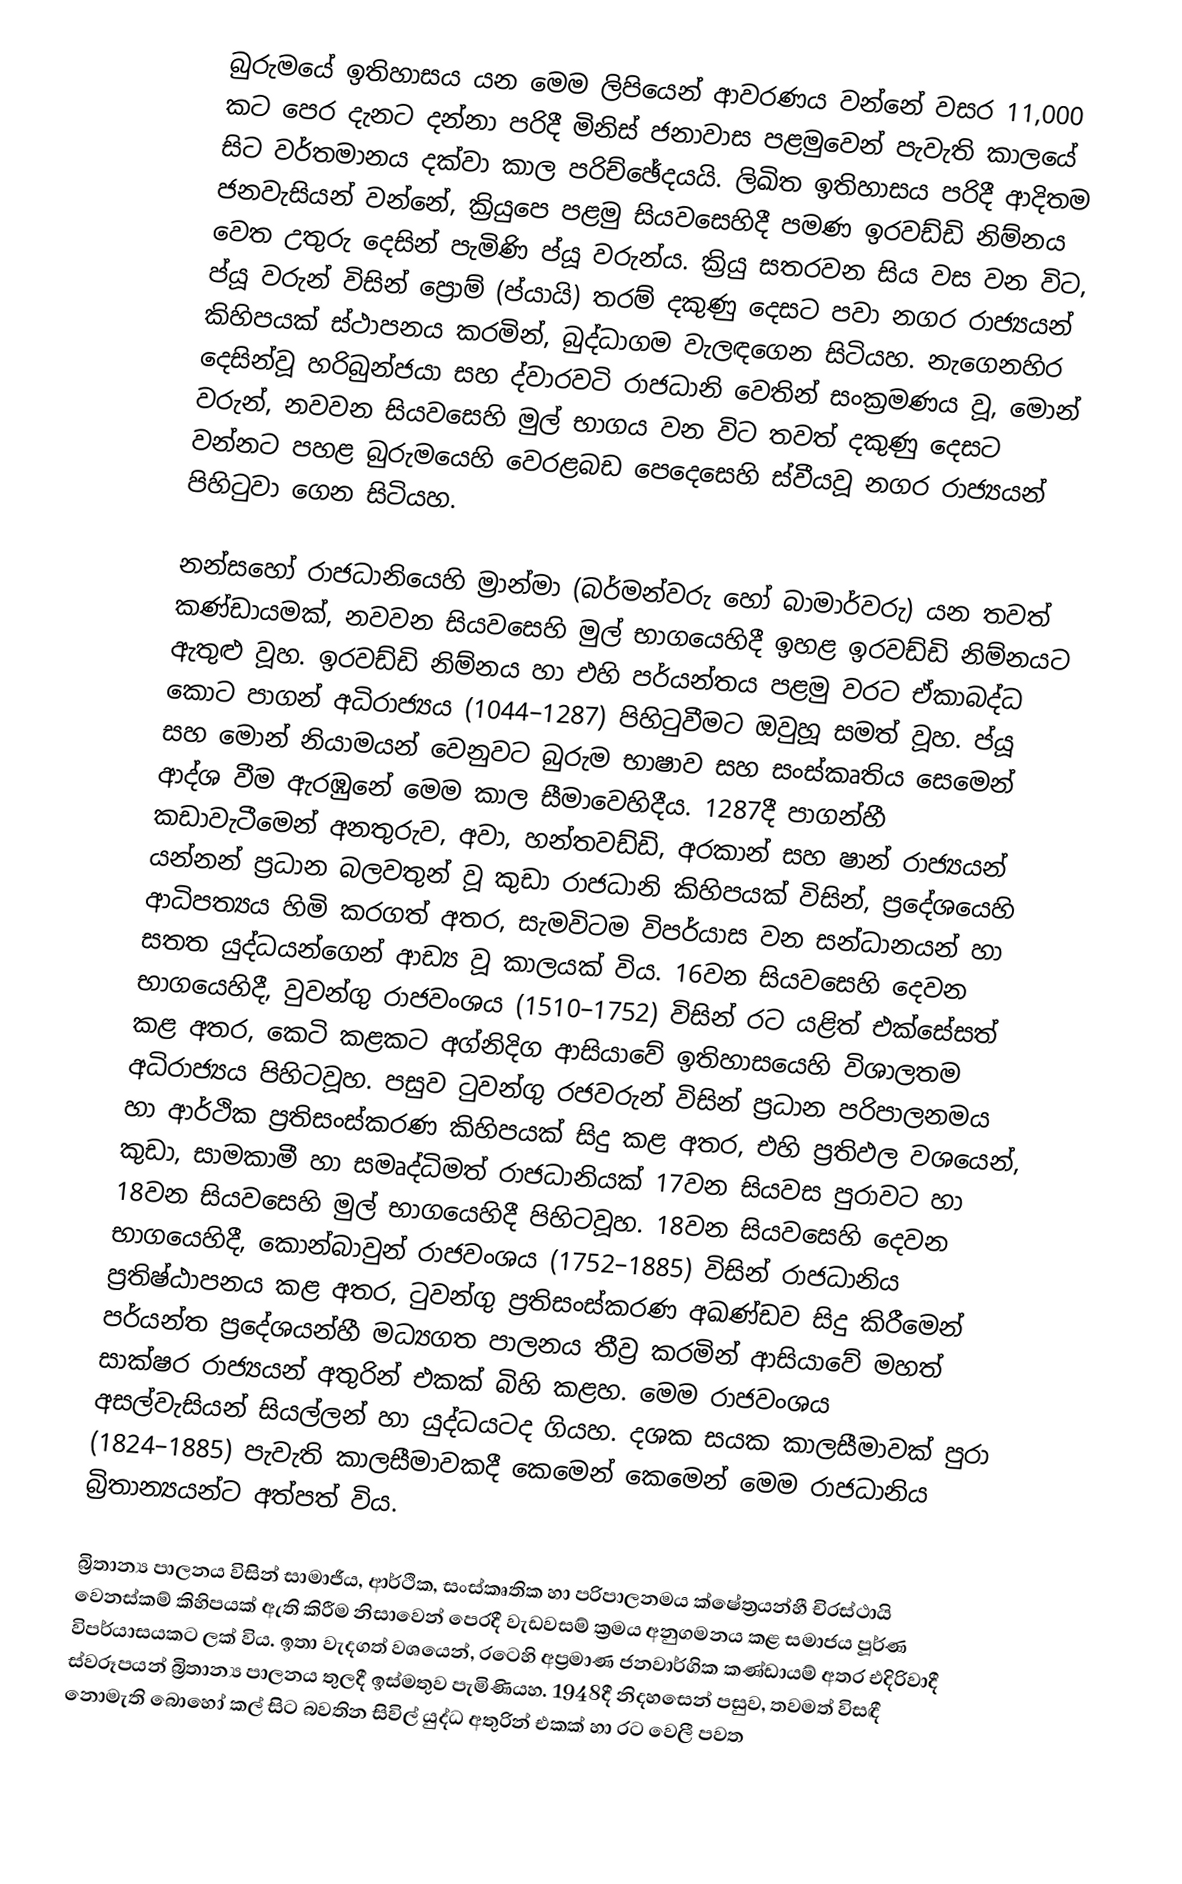
බුරුමයේ ඉතිහාසය යන මෙම ලිපියෙන් ආවරණය වන්නේ වසර 11,000 කට පෙර දැනට දන්නා පරිදී මිනිස් ජනාවාස පළමුවෙන් පැවැති කාලයේ සිට වර්තමානය දක්වා කාල පරිච්ඡේදයයි. ලිඛිත ඉතිහාසය පරිදී ආදිතම ජනවැසියන් වන්නේ, ක්‍රියුපෙ පළමු සියවසෙහිදී පමණ ඉරවඩ්ඩි නිම්නය වෙත උතුරු දෙසින් පැමිණි ප්යූ වරුන්ය. ක්‍රියු සතරවන සිය වස වන විට, ප්යූ වරුන් විසින් ප්‍රොම් (ප්යායි) තරම් දකුණු දෙසට පවා නගර රාජ්‍යයන් කිහිපයක් ස්ථාපනය කරමින්, බුද්ධාගම වැලඳගෙන සිටියහ. නැගෙනහිර දෙසින්වූ හරිබුන්ජයා සහ ද්වාරවටි රාජධානි වෙතින් සංක්‍රමණය වූ, මොන් වරුන්, නවවන සියවසෙහි මුල් භාගය වන විට තවත් දකුණු දෙසට වන්නට පහළ බුරුමයෙහි වෙරළබඩ පෙදෙසෙහි ස්වීයවූ නගර රාජ්‍යයන් පිහිටුවා ගෙන සිටියහ.

නන්සහෝ රාජධානියෙහි ම්‍රාන්මා (බර්මන්වරු හෝ බාමාර්වරු) යන තවත් කණ්ඩායමක්, නවවන සියවසෙහි මුල් භාගයෙහිදී ඉහළ ඉරවඩ්ඩි නිම්නයට ඇතුළු වූහ. ඉරවඩ්ඩි නිම්නය හා එහි පර්යන්තය පළමු වරට ඒකාබද්ධ කොට පාගන් අධිරාජ්‍යය (1044–1287) පිහිටුවීමට ඔවුහූ සමත් වූහ. ප්යූ සහ මොන් නියාමයන් වෙනුවට බුරුම භාෂාව සහ සංස්කෘතිය සෙමෙන් ආද්ශ වීම ඇරඹුනේ මෙම කාල සීමාවෙහිදීය. 1287දී පාගන්හී කඩාවැටීමෙන් අනතුරුව, අවා, හන්තවඩ්ඩි, අරකාන් සහ ෂාන් රාජ්‍යයන් යන්නන් ප්‍රධාන බලවතුන් වූ කුඩා රාජධානි කිහිපයක් විසින්, ප්‍රදේශයෙහි ආධිපත්‍යය හිමි කරගත් අතර, සැමවිටම විපර්යාස වන සන්ධානයන් හා සතත යුද්ධයන්ගෙන් ආඩ්‍ය වූ කාලයක් විය. 16වන සියවසෙහි දෙවන භාගයෙහිදී, වුවන්ගු රාජවංශය (1510–1752) විසින් රට යළිත් එක්සේසත් කළ අතර, කෙටි කළකට අග්නිදිග ආසියාවේ ඉතිහාසයෙහි විශාලතම අධිරාජ්‍යය පිහිටවූහ. පසුව ටුවන්ගු රජවරුන් විසින් ප්‍රධාන පරිපාලනමය හා ආර්ථික ප්‍රතිසංස්කරණ කිහිපයක් සිදු කළ අතර, එහි ප්‍රතිඵල වශයෙන්, කුඩා, සාමකාමී හා සමෘද්ධිමත් රාජධානියක් 17වන සියවස පුරාවට හා 18වන සියවසෙහි මුල් භාගයෙහිදී පිහිටවූහ. 18වන සියවසෙහි දෙවන භාගයෙහිදී, කොන්බාවුන් රාජවංශය (1752–1885) විසින් රාජධානිය ප්‍රතිෂ්ඨාපනය කළ අතර, ටුවන්ගු ප්‍රතිසංස්කරණ අඛණ්ඩව සිදු කිරීමෙන් පර්යන්ත ප්‍රදේශයන්හී මධ්‍යගත පාලනය තීව්‍ර කරමින් ආසියාවේ මහත් සාක්ෂර රාජ්‍යයන් අතුරින් එකක් බිහි කළහ. මෙම රාජවංශය අසල්වැසියන් සියල්ලන් හා යුද්ධයටද ගියහ. දශක සයක කාලසීමාවක් පුරා (1824–1885) පැවැති කාලසීමාවකදී කෙමෙන් කෙමෙන් මෙම රාජධානිය බ්‍රිතාන්‍යයන්ට අත්පත් විය.

බ්‍රිතාන්‍ය පාලනය විසින් සාමාජීය, ආර්ථික, සංස්කෘතික හා පරිපාලනමය ක්ෂේත්‍රයන්හී චිරස්ථායි වෙනස්කම් කිහිපයක් ඇති කිරීම නිසාවෙන් පෙරදී වැඩවසම් ක්‍රමය අනුගමනය කළ සමාජය පූර්ණ විපර්යාසයකට ලක් විය. ඉතා වැදගත් වශයෙන්, රටෙහි අප්‍රමාණ ජනවාර්ගික කණ්ඩායම් අතර එදිරිවාදී ස්වරූපයන් බ්‍රිතාන්‍ය පාලනය තුලදී ඉස්මතුව පැමිණියහ. 1948දී නිදහසෙන් පසුව, තවමත් විසඳී නොමැති බොහෝ කල් සිට බවතින සිවිල් යුද්ධ අතුරින් එකක් හා රට වෙලී පවත